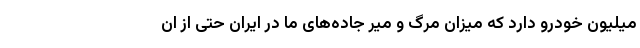
میلیون خودرو دارد که میزان مرگ و میر جاده‌های ما در ایران حتی از ان